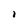
Character: i